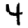
Digit: 4